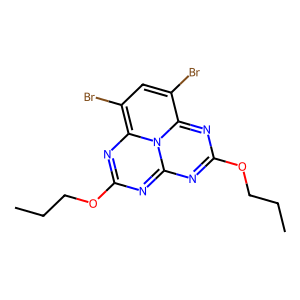
SMILES: CCCOc1nc2nc(OCCC)nc3c(Br)cc(Br)c(n1)-n-2-3
Inhibits HIV replication: No